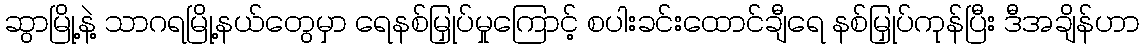
ဆွာမြို့နဲ့ သာဂရမြို့နယ်တွေမှာ ရေနစ်မြှုပ်မှုကြောင့် စပါးခင်းထောင်ချီရေ နစ်မြှုပ်ကုန်ပြီး ဒီအချိန်ဟာ